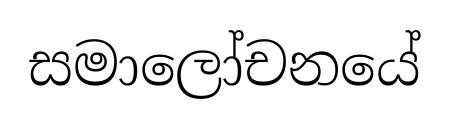
සමාලෝචනයේ